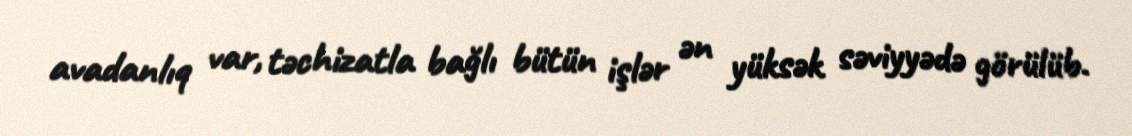
avadanlıq var, təchizatla bağlı bütün işlər ən yüksək səviyyədə görülüb.